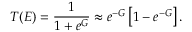
T ( { \cal E } ) = \frac { 1 } { 1 + e ^ { G } } \approx e ^ { - G } \left[ 1 - e ^ { - G } \right] .